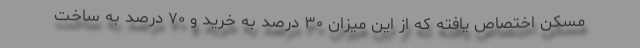
مسکن اختصاص یافته که از این میزان ۳۰ درصد به خرید و ۷۰ درصد به ساخت